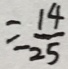
= - \frac { 1 4 } { 2 5 }